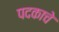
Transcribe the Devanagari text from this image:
पदकाचे